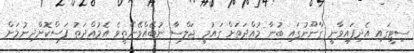
ސިޓީގައި އެދިފައިވާނީ ގާނޫނުގައި ބުނާ މުއްދަތަށް ގައުމީ ޖަލްސާ ނުބޭއްވޭނެތީވެ އެމުއްދަތު ފަސްކޮށްދިނުމަށް